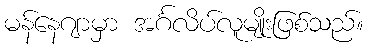
မန်နေဂျာမှာ အင်္ဂလိပ်လူမျိုးဖြစ်သည်။